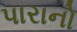
પારાનો